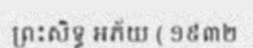
ព្រះសិទ្ធ អភ័យ ( ១៩៣២